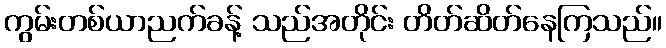
ကွမ်းတစ်ယာညက်ခန့် သည်အတိုင်း တိတ်ဆိတ်နေကြသည်။